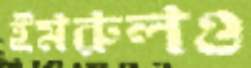
ইমরুলও